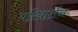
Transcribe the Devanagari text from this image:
परिवार्तन